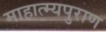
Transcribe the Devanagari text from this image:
माहात्म्यपुराण